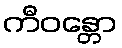
ကီဝန္တော